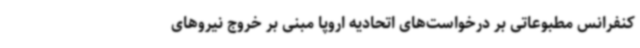
کنفرانس مطبوعاتی بر درخواست‌های اتحادیه اروپا مبنی بر خروج نیروهای